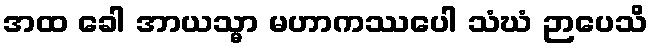
အထ ခေါ အာယသ္မာ မဟာကဿပေါ သံဃံ ဉာပေသိ